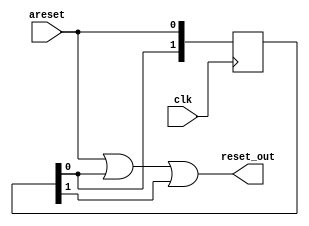
// ===================================================================
// TITLE : PERIDOT Ethernet I/O Extender / Clock Domain Bridge
//
//     DESIGN : s.osafune@j7system.jp (J-7SYSTEM WORKS LIMITED)
//            : 2022/09/05 (FIXED)
//
// ===================================================================
//
// The MIT License (MIT)
// Copyright (c) 2022 J-7SYSTEM WORKS LIMITED.
//
// Permission is hereby granted, free of charge, to any person obtaining a copy of
// this software and associated documentation files (the "Software"), to deal in
// the Software without restriction, including without limitation the rights to
// use, copy, modify, merge, publish, distribute, sublicense, and/or sell copies
// of the Software, and to permit persons to whom the Software is furnished to do
// so, subject to the following conditions:
//
// The above copyright notice and this permission notice shall be included in all
// copies or substantial portions of the Software.
//
// THE SOFTWARE IS PROVIDED "AS IS", WITHOUT WARRANTY OF ANY KIND, EXPRESS OR
// IMPLIED, INCLUDING BUT NOT LIMITED TO THE WARRANTIES OF MERCHANTABILITY,
// FITNESS FOR A PARTICULAR PURPOSE AND NONINFRINGEMENT. IN NO EVENT SHALL THE
// AUTHORS OR COPYRIGHT HOLDERS BE LIABLE FOR ANY CLAIM, DAMAGES OR OTHER
// LIABILITY, WHETHER IN AN ACTION OF CONTRACT, TORT OR OTHERWISE, ARISING FROM,
// OUT OF OR IN CONNECTION WITH THE SOFTWARE OR THE USE OR OTHER DEALINGS IN THE
// SOFTWARE.
//

// Verilog-2001 / IEEE 1364-2001
`default_nettype none


// SDC3 
//
// set_false_path -to [get_registers {*|peridot_ethio_cdb_areset:*|in_areset_reg[0]}]
// set_false_path -to [get_registers {*|peridot_ethio_cdb_signal:*|in_sig_reg[0]}]
// set_false_path -to [get_registers {*|peridot_ethio_cdb_vector:*|in_data_reg[*]}]



/* =====  ============== */

module peridot_ethio_cdb_areset (
	input wire			areset,
	input wire			clk,
	output wire			reset_out
);

	reg  [1:0]		in_areset_reg;

	always @(posedge clk) begin
		in_areset_reg <= {in_areset_reg[0], areset};
	end

	assign reset_out = areset | in_areset_reg[0] | in_areset_reg[1];

endmodule


module peridot_ethio_cdb_signal (
	input wire			reset,
	input wire			clk,
	input wire			in_sig,
	output wire			out_sig,
	output wire			riseedge,
	output wire			falledge
);

	reg [2:0]		in_sig_reg;

	always @(posedge clk or posedge reset) begin
		if (reset) in_sig_reg <= 3'b000;
		else in_sig_reg <= {in_sig_reg[1:0], in_sig};
	end

	assign out_sig = in_sig_reg[1];
	assign riseedge = (in_sig_reg[2:1] == 2'b01);
	assign falledge = (in_sig_reg[2:1] == 2'b10);

endmodule


module peridot_ethio_cdb_vector #(
	parameter DATA_BITWIDTH		= 8,
	parameter DATA_INITVALUE	= 0
) (
	input wire			reset,
	input wire			clk,
	input wire			latch,
	input wire  [DATA_BITWIDTH-1:0] in_data,
	output wire [DATA_BITWIDTH-1:0] out_data
);

	reg [DATA_BITWIDTH-1:0] in_data_reg;

	always @(posedge clk or posedge reset) begin
		if (reset) in_data_reg <= (DATA_INITVALUE)? DATA_INITVALUE[DATA_BITWIDTH-1:0] : 1'd0;
		else if (latch) in_data_reg <= in_data;
	end

	assign out_data = in_data_reg;

endmodule



/* ===== Avalon-ST ============== */

module peridot_ethio_cdb_stream #(
	parameter USE_PORT_DATA		= "ON",			// in_data,out_data("ON"= / "OFF"=)
	parameter DATA_BITWIDTH		= 8,			//  
	parameter DATA_INITVALUE	= 0				// reset_b()
) (
	input wire			reset_a,
	input wire			clk_a,
	output wire			in_ready,
	input wire			in_valid,
	input wire  [DATA_BITWIDTH-1:0] in_data,

	input wire			reset_b,
	input wire			clk_b,
	input wire			out_ready,
	output wire			out_valid,
	output wire [DATA_BITWIDTH-1:0] out_data
);

	reg				in_ready_reg, in_req_reg;
	wire			in_ack_sig;
	reg				out_valid_reg, out_ack_reg;
	wire			out_req_sig;


	peridot_ethio_cdb_signal
	u_cdb1 (
		.reset		(reset_a),
		.clk		(clk_a),
		.in_sig		(out_ack_reg),
		.out_sig	(in_ack_sig)
	);

	always @(posedge clk_a or posedge reset_a) begin
		if (reset_a) begin
			in_ready_reg <= 1'b0;
			in_req_reg <= 1'b0;
		end
		else begin
			if (!in_ready_reg) begin
				if (!in_req_reg && !in_ack_sig) begin
					in_ready_reg <= 1'b1;
				end
				else if (in_req_reg && in_ack_sig) begin
					in_req_reg <= 1'b0;
				end
			end
			else if (in_valid) begin
				in_ready_reg <= 1'b0;
				in_req_reg <= 1'b1;
			end
		end
	end

	assign in_ready = in_ready_reg;


	peridot_ethio_cdb_signal
	u_cdb2 (
		.reset		(reset_b),
		.clk		(clk_b),
		.in_sig		(in_req_reg),
		.out_sig	(out_req_sig)
	);

	always @(posedge clk_b or posedge reset_b) begin
		if (reset_b) begin
			out_valid_reg <= 1'b0;
			out_ack_reg <= 1'b0;
		end
		else begin
			if (!out_valid_reg) begin
				if (!out_ack_reg && out_req_sig) begin
					out_valid_reg <= 1'b1;
				end
				else if (out_ack_reg && !out_req_sig) begin
					out_ack_reg <= 1'b0;
				end
			end
			else if (out_ready) begin
				out_valid_reg <= 1'b0;
				out_ack_reg <= 1'b1;
			end
		end
	end

	assign out_valid = out_valid_reg;


generate
	if (USE_PORT_DATA == "ON") begin
		reg  [DATA_BITWIDTH-1:0] in_data_reg;

		always @(posedge clk_a) begin
			if (in_ready_reg && in_valid) in_data_reg <= in_data;
		end

		peridot_ethio_cdb_vector #(
			.DATA_BITWIDTH	(DATA_BITWIDTH),
			.DATA_INITVALUE	(DATA_INITVALUE)
		)
		u_cdb3 (
			.reset		(reset_b),
			.clk		(clk_b),
			.latch		(~out_valid_reg & ~out_ack_reg & out_req_sig),
			.in_data	(in_data_reg),
			.out_data	(out_data)
		);
	end
	else begin
		assign out_data = 1'd0;
	end
endgenerate

endmodule


/* ===== out ============== */

module peridot_ethio_cdb_get #(
	parameter USE_PORT_DATA		= "ON",			// in_data,out_data("ON"= / "OFF"=)
	parameter DATA_BITWIDTH		= 8,			//  
	parameter DATA_INITVALUE	= 0				// reset_b()
) (
	input wire			reset_a,
	input wire			clk_a,
	output wire			in_ack,					// '1'in_data 
	input wire  [DATA_BITWIDTH-1:0] in_data,

	input wire			reset_b,
	input wire			clk_b,
	input wire			get_req,				// '1'in_data
	output wire			out_ack,				// '1'out_data 
	output wire [DATA_BITWIDTH-1:0] out_data
);

	reg				in_ack_reg;
	wire			in_ack_sig, in_riseedge_sig;
	reg				get_req_reg, out_req_reg;
	wire			out_ack_sig, out_risedge_sig;


	peridot_ethio_cdb_signal
	u_cdb1 (
		.reset		(reset_a),
		.clk		(clk_a),
		.in_sig		(out_req_reg),
		.out_sig	(in_ack_sig),
		.riseedge	(in_riseedge_sig)
	);

	always @(posedge clk_a or posedge reset_a) begin
		if (reset_a) begin
			in_ack_reg <= 1'b0;
		end
		else begin
			in_ack_reg <= in_ack_sig;
		end
	end

	assign in_ack = in_riseedge_sig;


	peridot_ethio_cdb_signal
	u_cdb2 (
		.reset		(reset_b),
		.clk		(clk_b),
		.in_sig		(in_ack_reg),
		.out_sig	(out_ack_sig),
		.riseedge	(out_risedge_sig)
	);

	always @(posedge clk_b or posedge reset_b) begin
		if (reset_b) begin
			get_req_reg <= 1'b0;
			out_req_reg <= 1'b0;
		end
		else begin
			get_req_reg <= get_req;

			if (out_req_reg) begin
				if (out_risedge_sig) begin
					out_req_reg <= 1'b0;
				end
			end
			else if (get_req && !get_req_reg) begin
				out_req_reg <= 1'b1;
			end
		end
	end

	assign out_ack = out_risedge_sig;


generate
	if (USE_PORT_DATA == "ON") begin
		reg  [DATA_BITWIDTH-1:0] in_data_reg;

		always @(posedge clk_a) begin
			if (in_riseedge_sig) in_data_reg <= in_data;
		end

		peridot_ethio_cdb_vector #(
			.DATA_BITWIDTH	(DATA_BITWIDTH),
			.DATA_INITVALUE	(DATA_INITVALUE)
		)
		u_cdb3 (
			.reset		(reset_b),
			.clk		(clk_b),
			.latch		(out_risedge_sig),
			.in_data	(in_data_reg),
			.out_data	(out_data)
		);
	end
	else begin
		assign out_data = 1'd0;
	end
endgenerate

endmodule



/* =====  ============== */

module peridot_ethio_cdb_handshake  #(
	parameter USE_PORT_OUTACK	= "ON",			// out_ack("ON"= / "OFF"=)
	parameter USE_PORT_DATA		= "ON",			// in_data,out_data("ON"= / "OFF"=)
	parameter DATA_BITWIDTH		= 8,			//  
	parameter DATA_INITVALUE	= 0				// ()
) (
	input wire			reset_a,
	input wire			clk_a,
	input wire			in_req,
	output wire			in_ack,

	input wire			reset_b,
	input wire			clk_b,
	output wire			out_req,
	input wire			out_ack,				// USE_PORT_OUTACK="ON" 
	output wire			out_riseedge,			// out_req 
	output wire			out_falledge,			// out_req 

	input wire  [DATA_BITWIDTH-1:0] in_data,	// in_datain_req 
	output wire [DATA_BITWIDTH-1:0] out_data	// out_dataout_req 
);

	reg				in_req_reg;
	wire			out_req_sig, out_ack_sig, out_riseedge_sig;

	always @(posedge clk_a or posedge reset_a) begin
		if (reset_a) in_req_reg <= 1'b0;
		else in_req_reg <= in_req;
	end

	peridot_ethio_cdb_signal
	u_cdb1 (
		.reset		(reset_a),
		.clk		(clk_a),
		.in_sig		(out_ack_sig),
		.out_sig	(in_ack)
	);

generate
	if (USE_PORT_OUTACK == "ON") begin
		reg				out_ack_reg;

		always @(posedge clk_b or posedge reset_b) begin
			if (reset_b) out_ack_reg <= 1'b0;
			else out_ack_reg <= out_ack;
		end

		assign out_ack_sig = out_ack_reg;
	end
	else begin
		assign out_ack_sig = out_req_sig;
	end
endgenerate

	peridot_ethio_cdb_signal
	u_cdb2 (
		.reset		(reset_b),
		.clk		(clk_b),
		.in_sig		(in_req_reg),
		.out_sig	(out_req_sig),
		.riseedge	(out_riseedge_sig),
		.falledge	(out_falledge)
	);

	assign out_req = out_req_sig;
	assign out_riseedge = out_riseedge_sig;

generate
	if (USE_PORT_DATA == "ON") begin
		reg  [DATA_BITWIDTH-1:0] in_data_reg;

		always @(posedge clk_a) begin
			if (in_req && !in_req_reg) in_data_reg <= in_data;
		end

		peridot_ethio_cdb_vector #(
			.DATA_BITWIDTH	(DATA_BITWIDTH),
			.DATA_INITVALUE	(DATA_INITVALUE)
		)
		u_cdb3 (
			.reset		(reset_b),
			.clk		(clk_b),
			.latch		(out_riseedge_sig),
			.in_data	(in_data_reg),
			.out_data	(out_data)
		);
	end
	else begin
		assign out_data = 1'd0;
	end
endgenerate


endmodule

`default_nettype wire